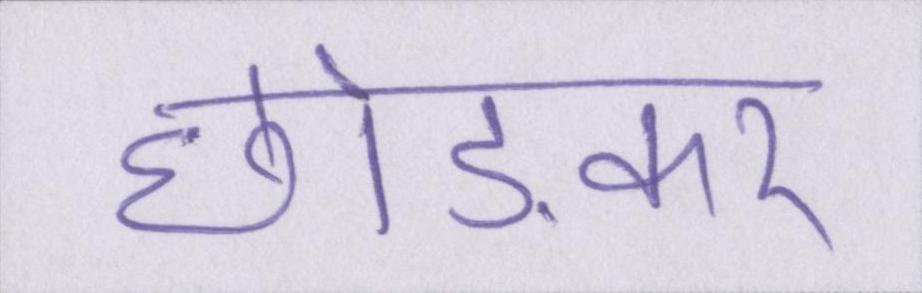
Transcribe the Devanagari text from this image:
छोङकर